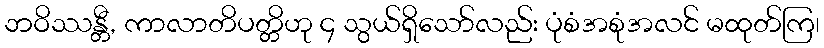
ဘဝိဿန္တီ, ကာလာတိပတ္တိဟု ၄ သွယ်ရှိသော်လည်း ပုံစံအစုံအလင် မထုတ်ကြ၊